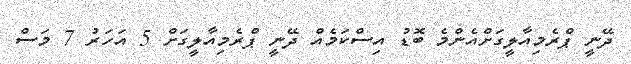
ދޭނީ ޕްރެމިއާލީގަށްއެންމެ ބޮޑު އިސްކަމެއް ދޭނީ ޕްރެމިއާލީގަށް 5 އަހަރު 7 މަސް